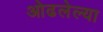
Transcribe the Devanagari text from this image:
ओढलेल्या